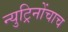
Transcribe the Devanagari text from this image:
न्युट्रिनोंचाच